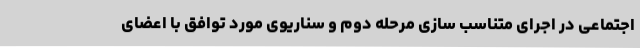
اجتماعی در اجرای متناسب سازی مرحله دوم و سناریوی مورد توافق با اعضای